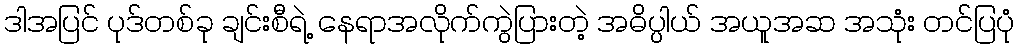
ဒါအပြင် ပုဒ်တစ်ခု ချင်းစီရဲ့ နေရာအလိုက်ကွဲပြားတဲ့ အဓိပ္ပါယ် အယူအဆ အသုံး တင်ပြပုံ